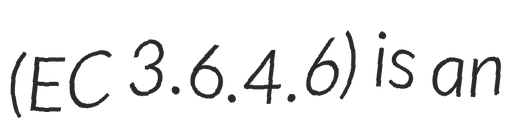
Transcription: (EC 3.6.4.6) is an